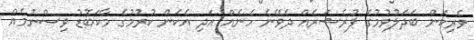
ވެރިކަން ބަދަލުވުމުގެ ޕުރެޝަރެއް ދެވޭނެ ހެނެއް އަދި އެކަން ކުރުމުގެ މާކަބޮޑު ވިސްނުމެއް